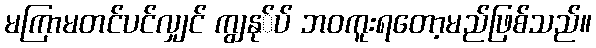
မကြာမတင်ပင်လျှင် ကျွနု်ပ် ဘဝကူးရတော့မည်ဖြစ်သည်။